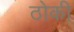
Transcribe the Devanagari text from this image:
ठोकी